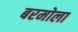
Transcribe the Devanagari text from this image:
बरमोला